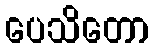
ပေသိတော